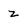
Character: z